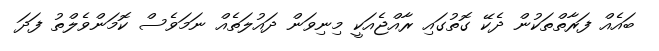
ބައެއް ފަރާތްތަކުން ދެކޭ ގޮތުގައި ރާއްޖެއަކީ މިނިވަން ދައުލަތެއް ނަމަވެސް ކޮމަންވެލްތު ފަދަ